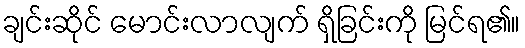
ချင်းဆိုင် မောင်းလာလျက် ရှိခြင်းကို မြင်ရ၏။